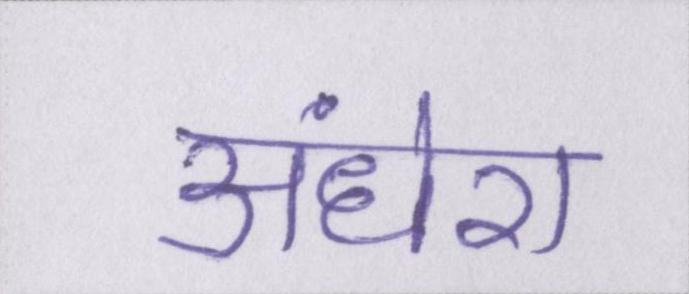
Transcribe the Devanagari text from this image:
अंधेरा